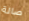
صالة